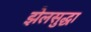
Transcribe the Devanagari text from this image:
झेलसुद्धा